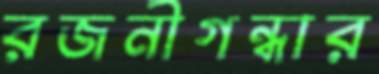
রজনীগন্ধার